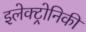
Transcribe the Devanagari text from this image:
इलेक्ट्रोनिकी